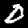
Label: 0